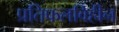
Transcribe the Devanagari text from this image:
प्रतिफलविहीन